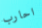
احارب